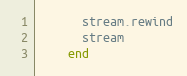
Language: Ruby
      stream.rewind
      stream
    end